Applicability to medico-legal practice in India of the biochemical tests for the origin of blood-stains - Number 39
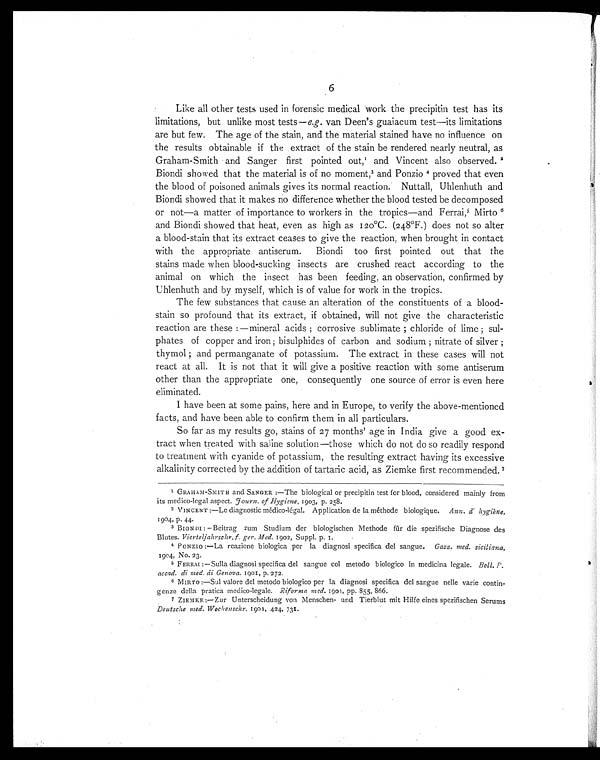
6
Like all other tests used in forensic medical work the precipitin test has its
limitations, but unlike most tests— e.g. van Deen's guaiacum test—its limitations
are but few. The age of the stain, and the material stained have no influence on
the results obtainable if the extract of the stain be rendered nearly neutral, as
Graham-Smith and Sanger first pointed out, 1 a n d V i n c e n t a l s o o b s e r v e d .2
Biondi showed that the material is of no moment, 3 and Ponzio 4 proved that even
the blood of poisoned animals gives its normal reaction. Nuttall, Uhlenhuth and
Biondi showed that it makes no difference whether the blood tested be decomposed
or not—a matter of importance to workers in the tropics—and Ferrai, 5 Mirto6
and Biondi showed that heat, even as high as 120°C. (248°F.) does not so alter
a blood-stain that its extract ceases to give the reaction, when brought in contact
with the appropriate antiserum. Biondi too first pointed out that the
stains made when blood-sucking insects are crushed react according to the
animal on which the insect has been feeding, an observation, confirmed by
Uhlenhuth and by myself, which is of value for work in the tropics.
The few substances that cause an alteration of the constituents of a blood-
stain so profound that its extract, if obtained, will not give the characteristic
reaction are these:—mineral acids; corrosive sublimate; chloride of lime; sul-
phates of copper and iron; bisulphides of carbon and sodium; nitrate of silver;
thymol; and permanganate of potassium. The extract in these cases will not
react at all. It is not that it will give a positive reaction with some antiserum
other than the appropriate one, consequently one source of error is even here
eliminated.
I have been at some pains, here and in Europe, to verify the above-mentioned
-facts, and have been able to confirm them in all particulars.
So far as my results go, stains of 27 months' age in India give a good ex-
tract when treated with saline solution—those which do not do so readily respond
to treatment with cyanide of potassium, the resulting extract having its excessive
alkalinity corrected by the addition of tartaric acid, as Ziemke first recommended. 7
1 GRAHAM- SMITH and SANGER:—The biological or precipitin test for blood, considered mainly from
its medico-legal aspect. Journ. of Hygiene , 1903, p. 258.
2 VINCENT:—Le diagnostic médico-légal. Application de la méthode biologique. Ann. d' hygiéne,
1904, P. 44.
3 BIONDI:—Beitrag zum Studium der biologischen Methode für die spezifische Diagnose des
Blutes. Vierteljahrschr, f. ger. Med. 1902, Suppl. p. 1.
4 PONZIO:—La reazione biologica per la diagnosi specifica del sangue. Gazz. med. siciliana,
1904, No. 23.
5 FERRAI:—Sulla diagnosi specifica del sangue col metodo biologico in medicina legale. Boll. P.
accad. di med. di Genova . 1901, p. 272.
6 MIRTO:—Sul valore del metodo biologico per la diagnosi specifica del sangue nelle varie contin-
genze della pratica medico-legale. Riforma med. 1901, pp. 855, 866.
7 ZIEMKE:—Zur Unterscheidung von Menschen- und Tierblut mit Hilfe eines spezifischen Serums
Deutsche med. Wochenschr. 1901, 424, 731.